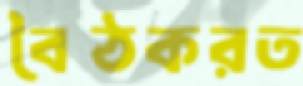
বৈঠকরত